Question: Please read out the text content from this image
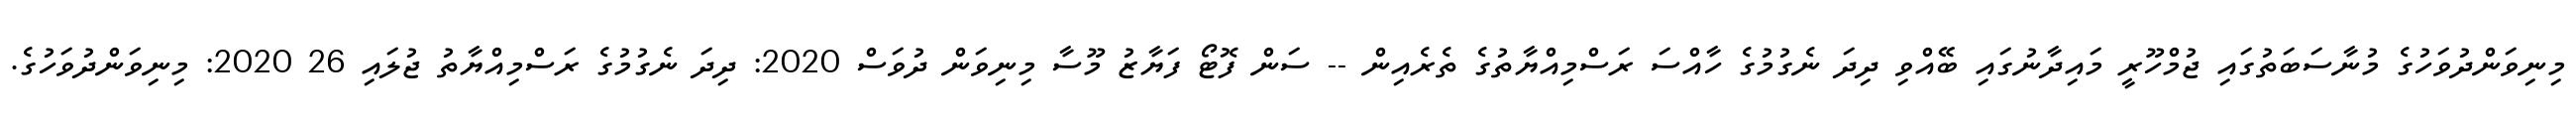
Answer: މިނިވަންދުވަހުގެ މުނާސަބަތުގައި ޖުމްހޫރީ މައިދާނުގައި ބޭއްވި ދިދަ ނެގުމުގެ ހާއްސަ ރަސްމިއްޔާތުގެ ތެރެއިން -- ސަން ފޮޓޯ ފަޔާޒު މޫސާ މިނިވަން ދުވަސް 2020: ދިދަ ނެގުމުގެ ރަސްމިއްޔާތު ޖުލައި 26 2020: މިނިވަންދުވަހުގެ.